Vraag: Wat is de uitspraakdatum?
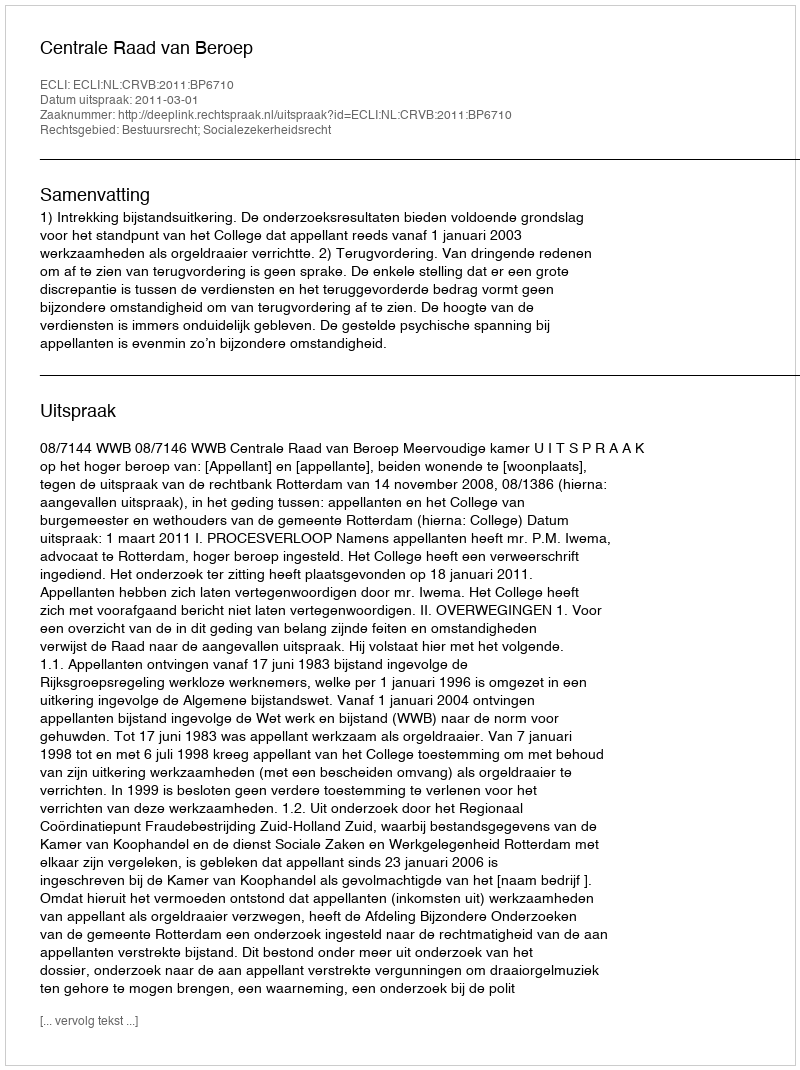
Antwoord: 2011-03-01